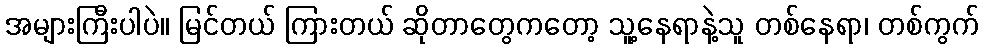
အများကြီးပါပဲ။ မြင်တယ် ကြားတယ် ဆိုတာတွေကတော့ သူ့နေရာနဲ့သူ တစ်နေရာ၊ တစ်ကွက်